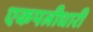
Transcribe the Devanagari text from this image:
एकपत्नीधारी